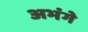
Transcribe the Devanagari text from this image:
अभंगे